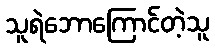
သူရဲဘောကြောင်တဲ့သူ